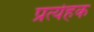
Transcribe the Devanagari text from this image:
प्रत्येहक